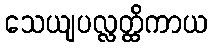
သေယျပလ္လတ္ထိကာယ